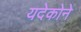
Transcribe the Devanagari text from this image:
यदेकोने